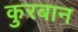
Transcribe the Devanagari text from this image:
कुरबान